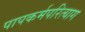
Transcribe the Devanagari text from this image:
पापकर्मपरित्याग